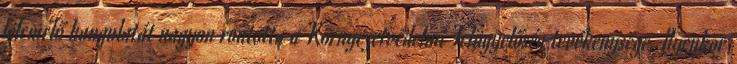
felemelő hangulatát nagyon rontotta a Környezetvédelmi Felügyelőség tevékenysége. Ilyenkor